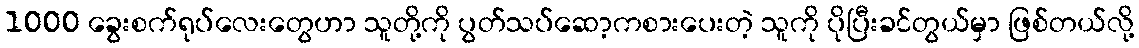
1000 ခွေးစက်ရုပ်လေးတွေဟာ သူတို့ကို ပွတ်သပ်ဆော့ကစားပေးတဲ့ သူကို ပိုပြီးခင်တွယ်မှာ ဖြစ်တယ်လို့